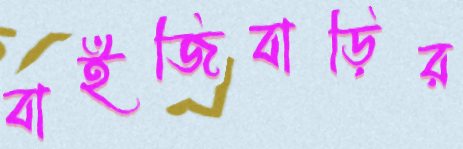
বাইজিবাড়ির